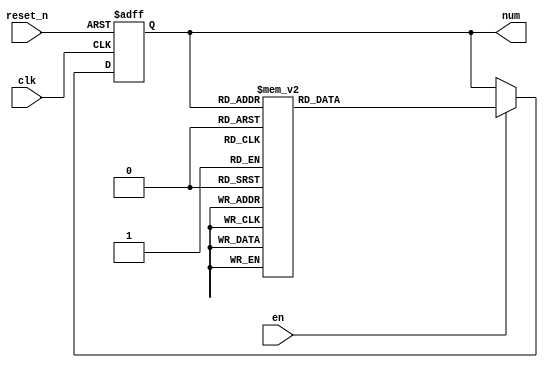
module fsm_counter(
  input clk,
  input reset_n,
  input en,
  output [2:0] num
);

  //internal regs
  reg [2:0] state_reg, next_state;
  //parameterize states
  localparam s0 = 0, s1 = 1, s2 = 2, s3 = 3,
             s4 = 4, s5 = 5, s6 = 6, s7 = 7;

  //state reg
  always@(posedge clk, negedge reset_n) begin
    if(~reset_n)
      state_reg <= 'b0;
    else
      state_reg <= next_state;
  end

  //next state logic
  always@(*) begin
      if(en)
        case(state_reg)
          s0: next_state = s1;
          s1: next_state = s2;
          s2: next_state = s3;
          s3: next_state = s4;
          s4: next_state = s5;
          s5: next_state = s6;
          s6: next_state = s7;
          s7: next_state = s0;
          default: next_state <= state_reg;
        endcase
      else
        next_state <= state_reg;
  end
  
  //output logic
  assign num = state_reg;
endmodule

/*
module fsm_counter_tb(

);
  reg clk, reset_n, en;
  wire [2:0] num;

  //instantiate dut

  fsm_counter_uut0(
    .clk(clk),
    .reset_n(reset_n),
    .en(en),
    .num(num)
  );

  //generating a clock signal
  localparam T = 10;
  always
    begin
      clk = 1'b0;
      #(T/2);
      clk = 1'b1;
      #(T/2);
    end

  initial begin
    reset_n = 1'b0;
    en = 1'b0;
    @(negedge clk);
    reset_n = 1'b1;
    en = 1'b1;

    repeat(20) @(negedge clk);
    $finish;
  end
endmodule
*/